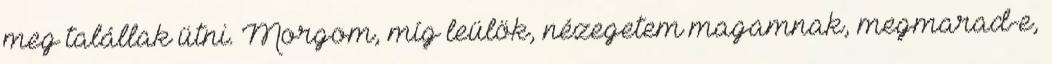
meg talállak ütni. Morgom, míg leülök, nézegetem magamnak, megmarad-e,